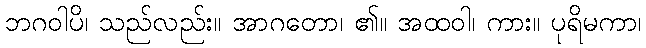
ဘဂဝါပိ၊ သည်လည်း။ အာဂတော၊ ၏။ အထဝါ၊ ကား။ ပုရိမကာ၊